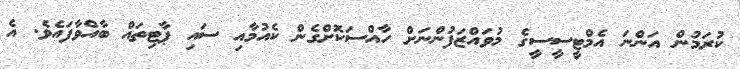
ކުރަމުން އަންނަ އެމްޓީސީސީގެ މުވައްޒަފުންނަށް ހާއްސަކޮށްގެން ކެއުމާއި ސައި ޕާޓިތައް ބާއްވާފައެވެ. އެ